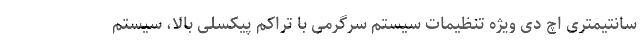
سانتیمتری اچ دی ویژه تنظیمات سیستم سرگرمی با تراکم پیکسلی بالا، سیستم